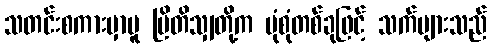
သတင်းစကားမှာမူ ဗြိတိသျှတို့က ပုံစုံတစ်ခုဖြင့် သက်များသည်